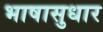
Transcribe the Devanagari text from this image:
भाषासुधार